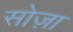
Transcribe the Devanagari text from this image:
सोज़ा